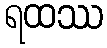
ရထဿ